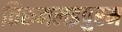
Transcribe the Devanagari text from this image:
तिरुमलइपुरम